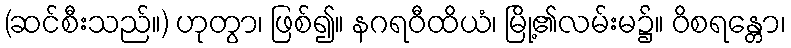
(ဆင်စီးသည်။) ဟုတွာ၊ ဖြစ်၍။ နဂရဝီထိယံ၊ မြို့၏လမ်းမ၌။ ဝိစရန္တော၊